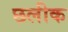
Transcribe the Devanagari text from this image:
छलीक